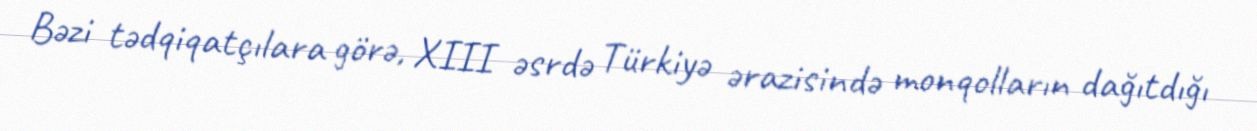
Bəzi tədqiqatçılara görə, XIII əsrdə Türkiyə ərazisində monqolların dağıtdığı